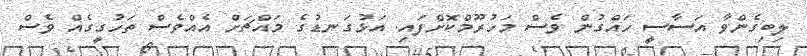
ލިބިގެންވާ އަސާސީ ހައްގުން ވެސް މަހުރޫމްކޮށްފައި. އަޅުގަނޑުގެ މައްޗަށް އެއްވެސް ތަހުގީގެއް ވެސް